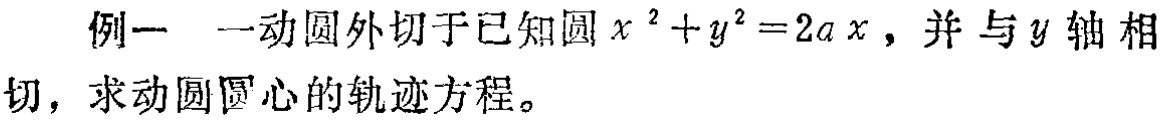
例一 一动圆外切于已知圆 \(x^{2}+y^{2}=2ax\)，并与 \(y\) 轴相切，求动圆圆心的轨迹方程。